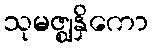
သုမဇ္ဈနှိကော